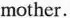
mother.